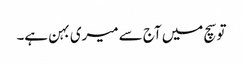
تو سچ میں آج سے میری بہن ہے۔